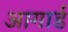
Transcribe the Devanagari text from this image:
आगार्ड